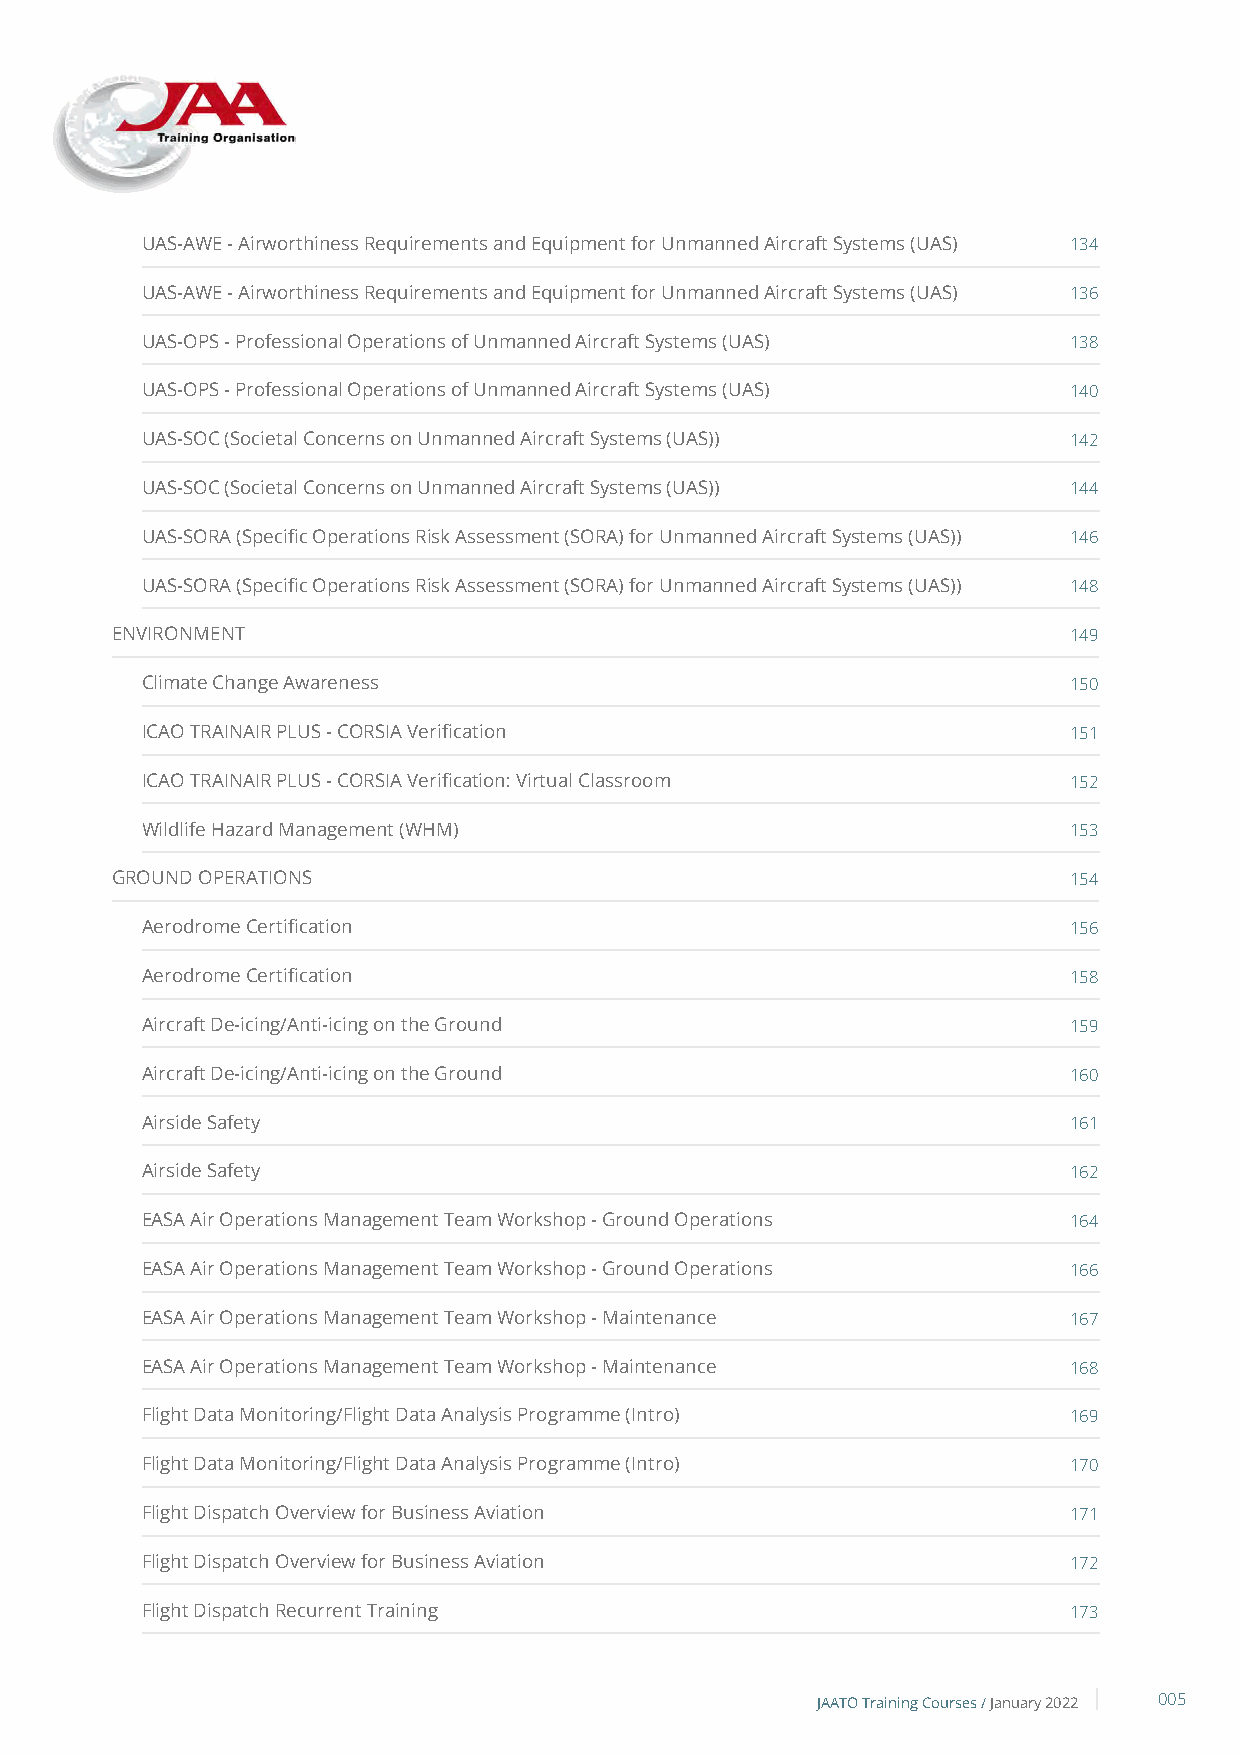
UAS-AWE - Airworthiness Requirements and Equipment for Unmanned Aircraft Systems (UAS) 134
 UAS-AWE - Airworthiness Requirements and Equipment for Unmanned Aircraft Systems (UAS) 136
 UAS-OPS - Professional Operations of Unmanned Aircraft Systems (UAS) 138
 UAS-OPS - Professional Operations of Unmanned Aircraft Systems (UAS) 140
 UAS-SOC (Societal Concerns on Unmanned Aircraft Systems (UAS)) 142
 UAS-SOC (Societal Concerns on Unmanned Aircraft Systems (UAS)) 144
 UAS-SORA (Specific Operations Risk Assessment (SORA) for Unmanned Aircraft Systems (UAS)) 146
 UAS-SORA (Specific Operations Risk Assessment (SORA) for Unmanned Aircraft Systems (UAS)) 148
 ENVIRONMENT                                                     149
 Climate Change Awareness                                      150
 ICAO TRAINAIR PLUS - CORSIA Verification                      151
 ICAO TRAINAIR PLUS - CORSIA Verification: Virtual Classroom   152
 Wildlife Hazard Management (WHM)                              153
 GROUND OPERATIONS                                               154
 Aerodrome Certification                                       156
 Aerodrome Certification                                       158
 Aircraft De-icing/Anti-icing on the Ground                    159
 Aircraft De-icing/Anti-icing on the Ground                    160
 Airside Safety                                                161
 Airside Safety                                                162
 EASA Air Operations Management Team Workshop - Ground Operations 164
 EASA Air Operations Management Team Workshop - Ground Operations 166
 EASA Air Operations Management Team Workshop - Maintenance    167
 EASA Air Operations Management Team Workshop - Maintenance    168
 Flight Data Monitoring/Flight Data Analysis Programme (Intro) 169
 Flight Data Monitoring/Flight Data Analysis Programme (Intro) 170
 Flight Dispatch Overview for Business Aviation                171
 Flight Dispatch Overview for Business Aviation                172
 Flight Dispatch Recurrent Training                            173
 JAATO Training Courses /January 2022 005